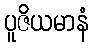
ပူဇိယမာနံ